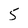
Character: 5